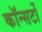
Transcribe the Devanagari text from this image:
कॉन्सर्टो